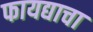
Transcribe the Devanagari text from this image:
फायद्याचा